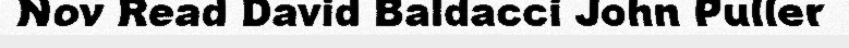
Nov Read David Baldacci John Puller